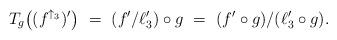
LaTeX: \begin{align*} T_g\big((f^{\uparrow_3})'\big)\ =\ (f'/\ell_3')\circ g\ =\ (f'\circ g)/(\ell_3'\circ g).\end{align*}